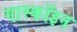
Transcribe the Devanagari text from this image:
गास्कॉइन